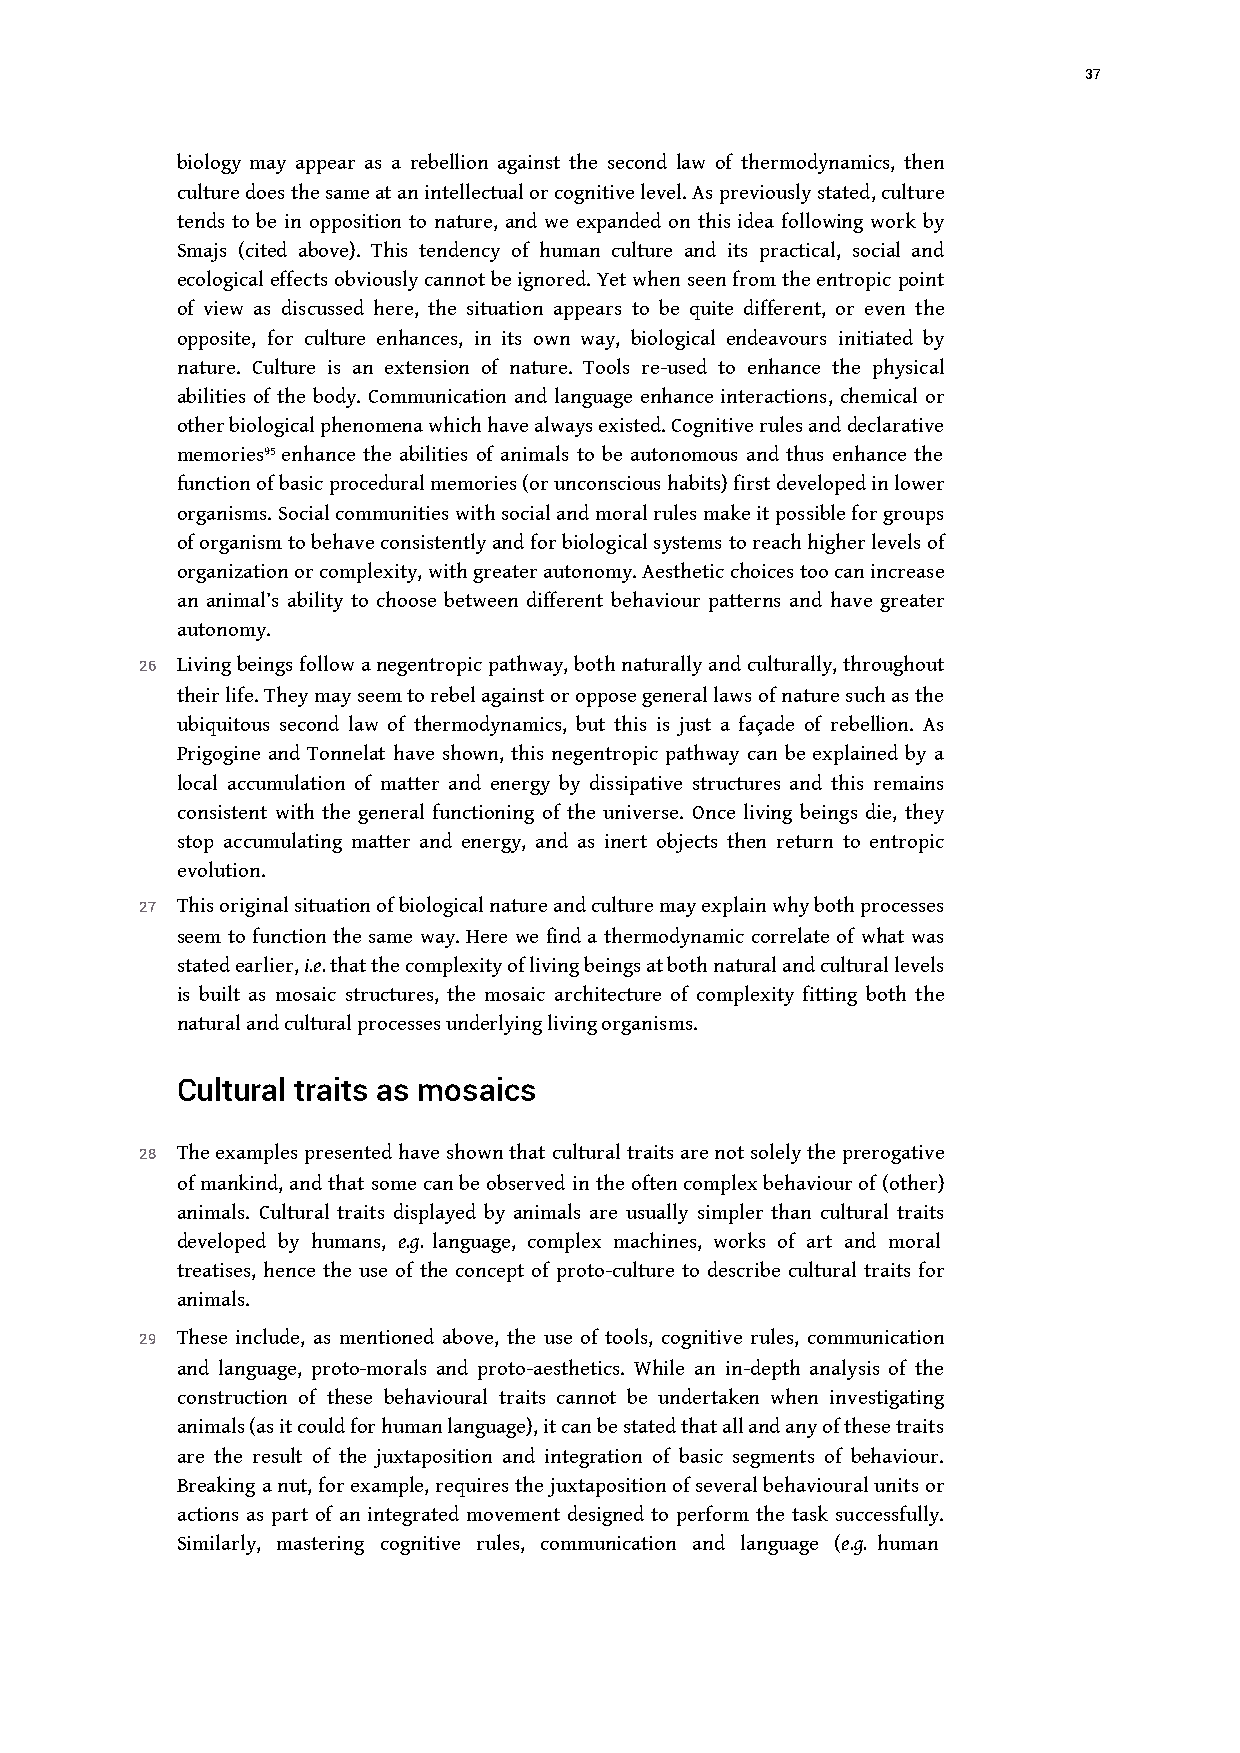
37
 biology may appear as a rebellion against the second law of thermodynamics, then
 culture does the same at an intellectual or cognitive level. As previously stated, culture
 tends to be in opposition to nature, and we expanded on this idea following work by
 Smajs (cited above). This tendency of human culture and its practical, social and
 ecological effects obviously cannot be ignored. Yet when seen from the entropic point
 of view as discussed here, the situation appears to be quite different, or even the
 opposite, for culture enhances, in its own way, biological endeavours initiated by
 nature. Culture is an extension of nature. Tools re-used to enhance the physical
 abilities of the body. Communication and language enhance interactions, chemical or
 other biological phenomena which have always existed. Cognitive rules and declarative
 memories95 enhance the abilities of animals to be autonomous and thus enhance the
 function of basic procedural memories (or unconscious habits) first developed in lower
 organisms. Social communities with social and moral rules make it possible for groups
 of organism to behave consistently and for biological systems to reach higher levels of
 organization or complexity, with greater autonomy. Aesthetic choicestoo can increase
 an animal’s ability to choose between different behaviour patterns and have greater
 autonomy.
 26 Living beings follow a negentropic pathway, both naturally and culturally, throughout
 their life. They may seem to rebel against or oppose general laws of nature such as the
 ubiquitous second law of thermodynamics, but this is just a façade of rebellion. As
 Prigogine and Tonnelat have shown, this negentropic pathway can be explained by a
 local accumulation of matter and energy by dissipative structures and this remains
 consistent with the general functioning of the universe. Once living beings die, they
 stop accumulating matter and energy, and as inert objects then return to entropic
 evolution.
 27 This original situation of biological nature and culture may explain why both processes
 seem to function the same way. Here we find a thermodynamic correlate of what was
 stated earlier, i.e. that the complexity of living beings at both natural and cultural levels
 is built as mosaic structures, the mosaic architecture of complexity fitting both the
 natural and cultural processes underlying living organisms.
 Cultural traits as mosaics
 28 The examples presented have shown that cultural traits are not solely the prerogative
 of mankind, and that some can be observed in the often complex behaviour of (other)
 animals. Cultural traits displayed by animals are usually simpler than cultural traits
 developed by humans, e.g. language, complex machines, works of art and moral
 treatises, hence the use of the concept of proto-culture to describe cultural traits for
 animals.
 29 These include, as mentioned above, the use of tools, cognitive rules, communication
 and language, proto-morals and proto-aesthetics. While an in-depth analysis of the
 construction of these behavioural traits cannot be undertaken when investigating
 animals (as it could for human language), it can be stated that all and any of these traits
 are the result of the juxtaposition and integration of basic segments of behaviour.
 Breaking a nut, for example, requires the juxtaposition of several behavioural units or
 actions as part of an integrated movement designed to perform the task successfully.
 Similarly, mastering cognitive rules, communication and language (e.g. human